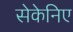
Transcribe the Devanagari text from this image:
सेकेनिए